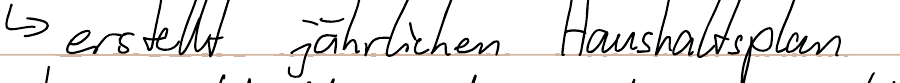
-> erstellt jährlichen Haushaltsplan